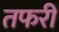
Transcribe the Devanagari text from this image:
तफरी